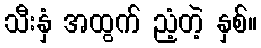
သီးနှံ အထွက် ညံ့တဲ့ နှစ်။